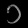
Digit: ၁